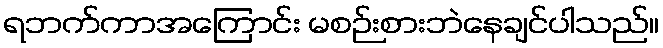
ရဘက်ကာအကြောင်း မစဉ်းစားဘဲနေချင်ပါသည်။